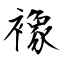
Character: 襐